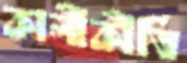
কালীকীর্তি